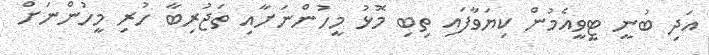
އަދި ބުނީ ޓީވީއެމުން ކިޔަވާފައި ތިބި މޮޅު މީހުންނަށާއި ތަޖުރިބާ ހުރި މީހުންނަށް